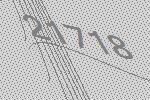
21718